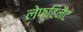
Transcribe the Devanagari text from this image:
लेफ्टिनैंट